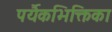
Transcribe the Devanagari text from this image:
पर्यैकभिक्तिका